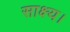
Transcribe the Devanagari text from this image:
साक्ष्य।